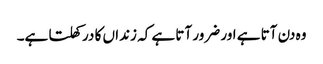
وہ دن آتا ہے اور ضرور آتا ہے کہ زنداں کا در کھلتا ہے۔